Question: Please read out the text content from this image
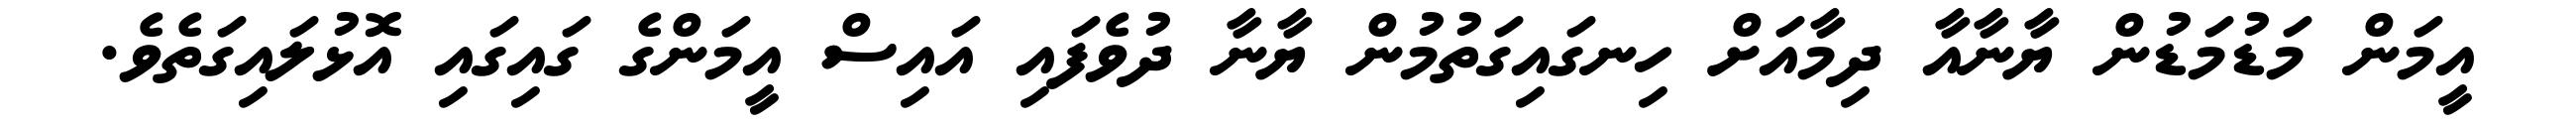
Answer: އީމަން މަޑުމަޑުން ޔާނާއާ ދިމާއަށް ހިނގައިގަތުމުން ޔާނާ ދުވެފައި އައިސް އީމަންގެ ގައިގައި އޮޅުލައިގަތެވެ.